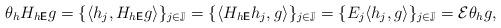
LaTeX: \begin{align*}\theta_hH_{h{\sf E}}g=\{\langle h_j, H_{h{\sf E}}g\rangle\}_{j\in\mathbb{J}}=\{\langle H_{h{\sf E}}h_j, g\rangle\}_{j\in\mathbb{J}}=\{E_j\langle h_j, g\rangle\}_{j\in\mathbb{J}}=\mathcal{E}\theta_h{g},\end{align*}